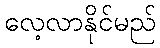
လေ့လာနိုင်မည်